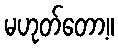
မဟုတ်တော့။